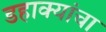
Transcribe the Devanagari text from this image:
डहाक्यांचा